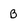
Character: B